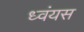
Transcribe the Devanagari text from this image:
ध्वंयस